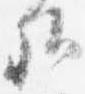
卿